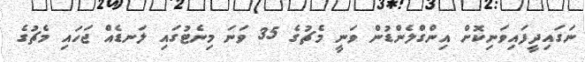
ނަގައިދީފައިވަނިކޮށް އިންގްލެންޑުން ވަނީ މެޗުގެ 35 ވަނަ މިނެޓުގައި ލަނޑެއް ޖަހައި މެޗުގެ